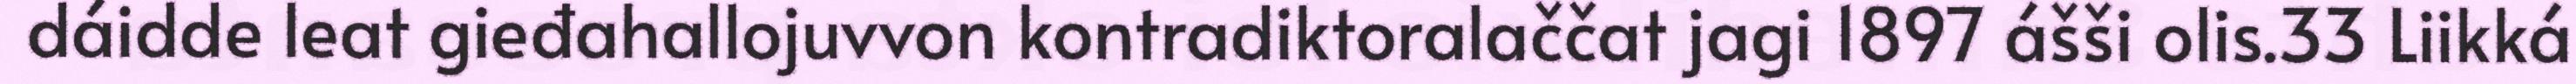
dáidde leat gieđahallojuvvon kontradiktoralaččat jagi 1897 ášši olis.33 Liikká